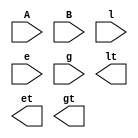
/*--  *******************************************************
--  Computer Architecture Course, Laboratory Sources 
--  Amirkabir University of Technology (Tehran Polytechnic)
--  Department of Computer Engineering (CE-AUT)
--  https://ce[dot]aut[dot]ac[dot]ir
--  *******************************************************
--  All Rights reserved (C) 2019-2020
--  *******************************************************
--  Student ID  : 
--  Student Name: 
--  Student Mail: 
--  *******************************************************
--  Additional Comments:
--
--*/

/*-----------------------------------------------------------
---  Module Name: 8 Bits Comparator
---  Description: Lab 06 Part 3
-----------------------------------------------------------*/
`timescale 1 ns/1 ns

module comparator8 (
	input [7:0] A ,
	input [7:0] B ,
	input l ,
	input e ,
	input g ,
	output lt ,
	output et ,
	output gt
);

	/* write your code here */
	
	/* write your code here */

endmodule